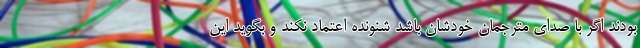
بودند اگر با صدای مترجمان خودشان باشد شنونده اعتماد نکند و بگوید این